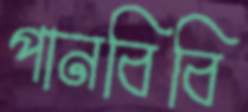
পানবিবি